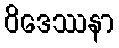
ဝိဒေဿနာ